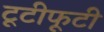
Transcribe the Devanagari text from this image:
टूटीफूटी